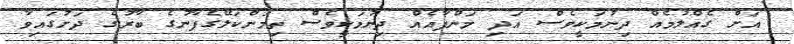
އަށް ގެއްލުމެއް ދިނުމަކީވެސް އަދި މަންފާއެއް ދިނުމަކީވެސް ތިމަންކަލޭގެފާނުގެ ބާރުގެ ދަށުގައިވާ